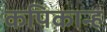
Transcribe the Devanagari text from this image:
कपिकान्ह